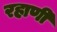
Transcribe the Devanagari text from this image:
रहाणी